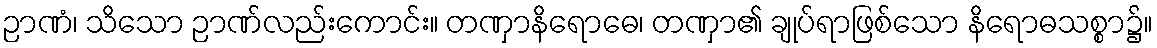
ဉာဏံ၊ သိသော ဉာဏ်လည်းကောင်း။ တဏှာနိရောဓေ၊ တဏှာ၏ ချုပ်ရာဖြစ်သော နိရောဓသစ္စာ၌။